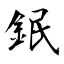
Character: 鈱